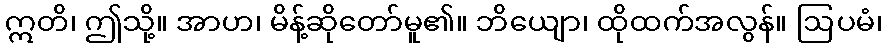
ဣတိ၊ ဤသို့။ အာဟ၊ မိန့်ဆိုတော်မူ၏။ ဘိယျော၊ ထိုထက်အလွန်။ ဩပမံ၊